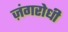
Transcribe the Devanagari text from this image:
ज़ंगरोधी